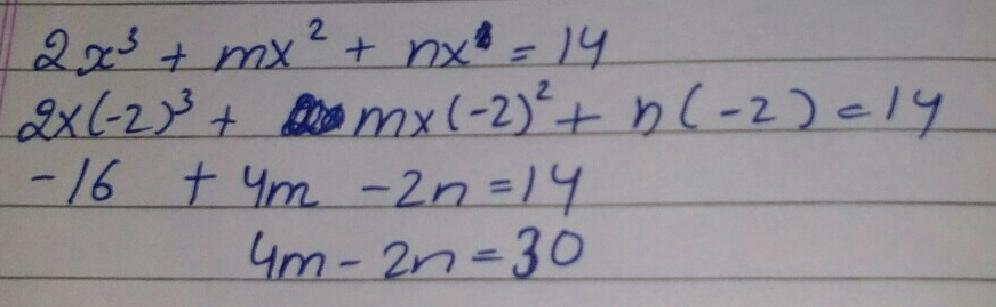
$2x^{3}+mx^{2}+nx = 14$
$2\times(-2)^{3}+m\times(-2)^{2}+n\times(-2)=14$
$-16 + 4m - 2n=14$
$4m - 2n=30$